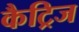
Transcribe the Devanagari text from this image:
कैट्रिज